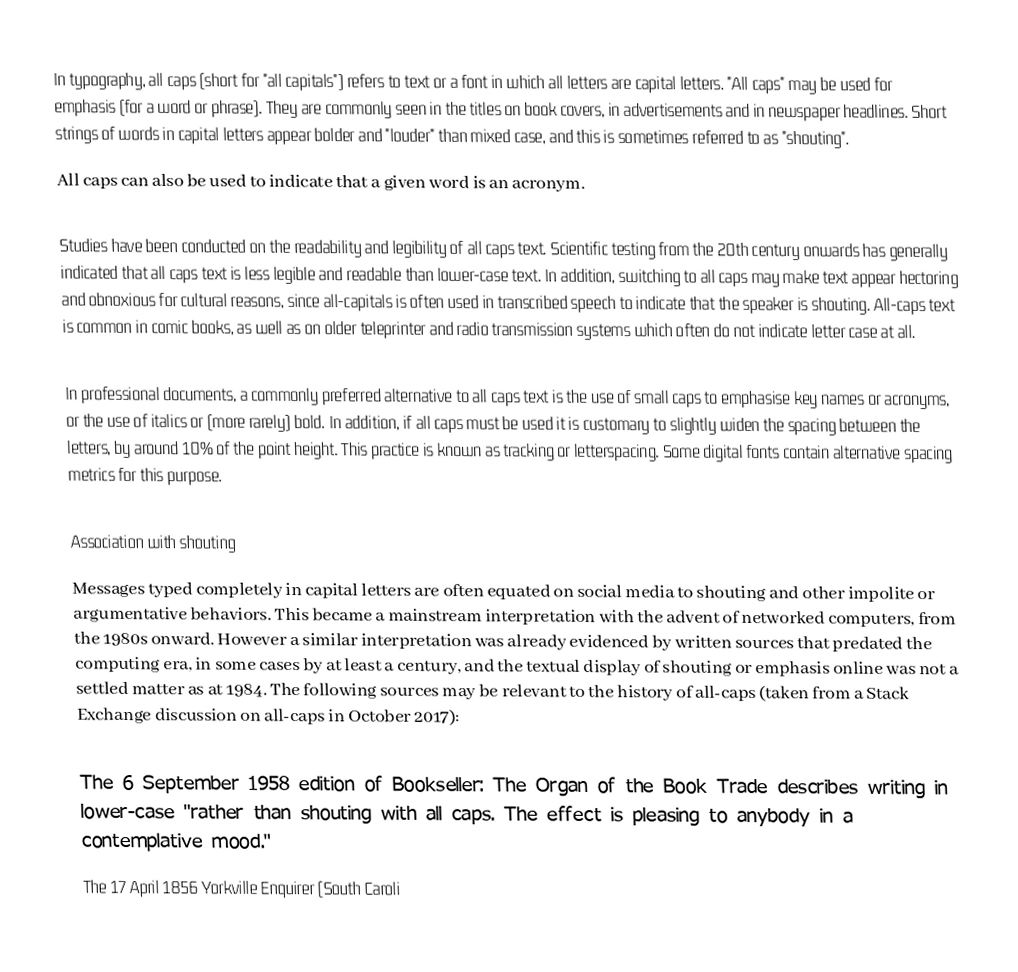
In typography, all caps (short for "all capitals") refers to text or a font in which all letters are capital letters. "All caps" may be used for emphasis (for a word or phrase). They are commonly seen in the titles on book covers, in advertisements and in newspaper headlines. Short strings of words in capital letters appear bolder and "louder" than mixed case, and this is sometimes referred to as "shouting".
All caps can also be used to indicate that a given word is an acronym.

Studies have been conducted on the readability and legibility of all caps text. Scientific testing from the 20th century onwards has generally indicated that all caps text is less legible and readable than lower-case text. In addition, switching to all caps may make text appear hectoring and obnoxious for cultural reasons, since all-capitals is often used in transcribed speech to indicate that the speaker is shouting. All-caps text is common in comic books, as well as on older teleprinter and radio transmission systems which often do not indicate letter case at all.

In professional documents, a commonly preferred alternative to all caps text is the use of small caps to emphasise key names or acronyms, or the use of italics or (more rarely) bold. In addition, if all caps must be used it is customary to slightly widen the spacing between the letters, by around 10% of the point height. This practice is known as tracking or letterspacing. Some digital fonts contain alternative spacing metrics for this purpose.

Association with shouting
Messages typed completely in capital letters are often equated on social media to shouting and other impolite or argumentative behaviors. This became a mainstream interpretation with the advent of networked computers, from the 1980s onward. However a similar interpretation was already evidenced by written sources that predated the computing era, in some cases by at least a century, and the textual display of shouting or emphasis online was not a settled matter as at 1984. The following sources may be relevant to the history of all-caps (taken from a Stack Exchange discussion on all-caps in October 2017):

 The 6 September 1958 edition of Bookseller: The Organ of the Book Trade describes writing in lower-case "rather than shouting with all caps. The effect is pleasing to anybody in a contemplative mood."
 The 17 April 1856 Yorkville Enquirer (South Caroli